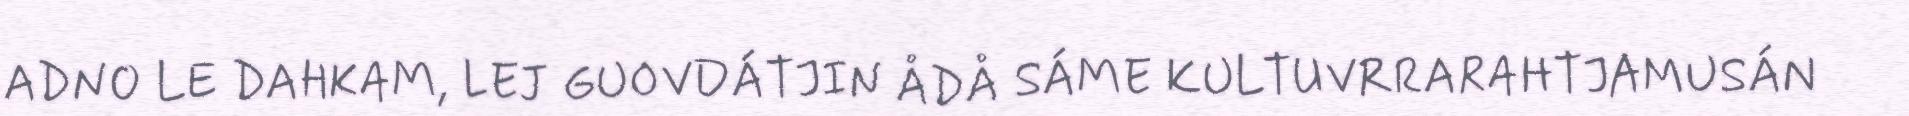
ADNO LE DAHKAM, LEJ GUOVDÁTJIN ÅDÅ SÁME KULTUVRRARAHTJAMUSÁN